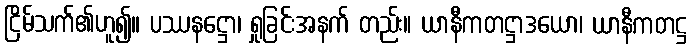
ငြိမ်သက်၏ဟူ၍။ ပဿနဋ္ဌော၊ ရှုခြင်းအနက် တည်း။ ယာနီကတဋ္ဌာဒယော၊ ယာနီကတဋ္ဌ